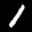
Label: 1